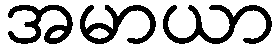
အမာယာ